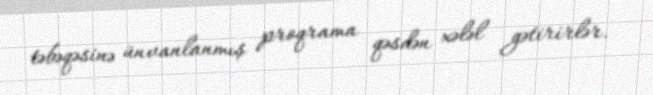
təbəqəsinə ünvanlanmış proqrama qəsdən xələl gətirirlər.